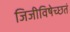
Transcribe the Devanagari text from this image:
जिजीविषेच्छतं